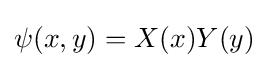
\psi (x,y)=X(x)Y(y)